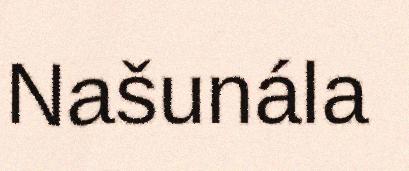
Našunála